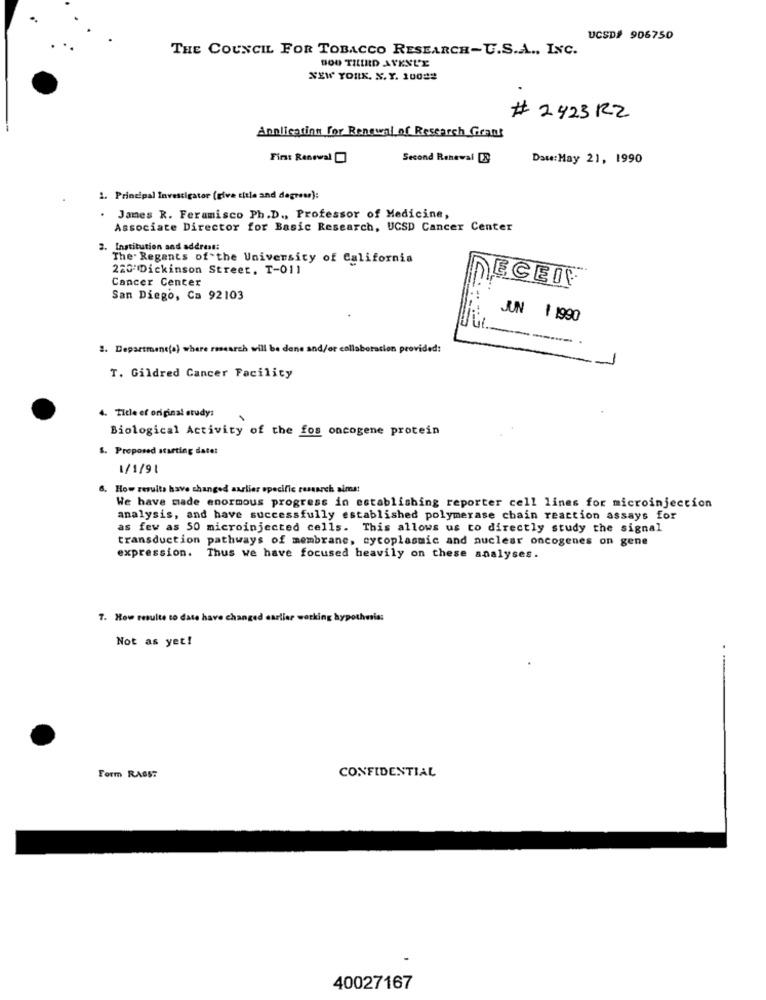
UCSD# 906750
THE COUNCIL FOR TOBACCO RESEARCH-U.S.A ., INC.
BOO THIRD AVENUE
NEW YORK. N.Y. 10082
# 2423 RZ
Annlication for Renewal of Research Grant
First Renewal
Second Renewal DE
Date: May 21, 1990
1. Principal Investigator (give title and degress):
. James R. Feramisco Ph.D ., Professor of Medicine,
Associate Director for Basic Research, UCSD Cancer Center
2. Institution and address:
The. Regents of the University of California
220 Dickinson Street, T-011
Cancer Center
San Diego, Ca 92103
JUN 1 1990
2. Department(a) where research will be done and/or collaboration provided:
T. Gildred Cancer Facility
4. Title of original study:
Biological Activity of the fos oncogene protein
S. Proposed starting date:
1/1/91
How results have changed auslier specific research sims!
We have made enormous progress in establishing reporter cell lines for microinjection
analysis, and have successfully established polymerase chain reaction assays for
as few as 50 microinjected cells. This allows us to directly study the signal
transduction pathways of membrane, cycoplasmic and nuclear oncogenes on gene
expression. Thus we have focused heavily on these analyses.
7. How resulte to date have changed earlier working
Not as yet!
..
Form RAGST
CONFIDENTIAL
40027167